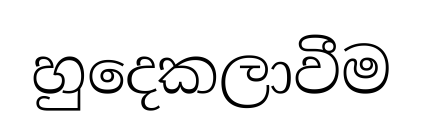
හුදෙකලාවීම